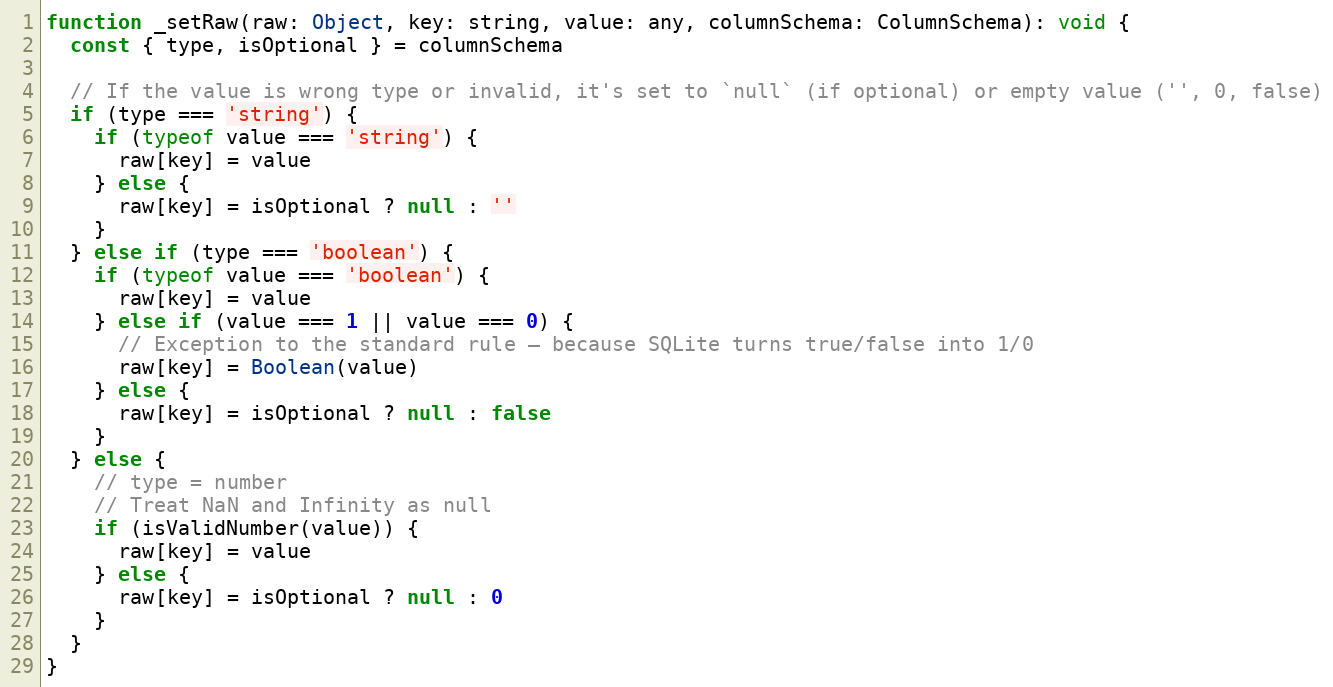
Language: JavaScript
function _setRaw(raw: Object, key: string, value: any, columnSchema: ColumnSchema): void {
  const { type, isOptional } = columnSchema

  // If the value is wrong type or invalid, it's set to `null` (if optional) or empty value ('', 0, false)
  if (type === 'string') {
    if (typeof value === 'string') {
      raw[key] = value
    } else {
      raw[key] = isOptional ? null : ''
    }
  } else if (type === 'boolean') {
    if (typeof value === 'boolean') {
      raw[key] = value
    } else if (value === 1 || value === 0) {
      // Exception to the standard rule — because SQLite turns true/false into 1/0
      raw[key] = Boolean(value)
    } else {
      raw[key] = isOptional ? null : false
    }
  } else {
    // type = number
    // Treat NaN and Infinity as null
    if (isValidNumber(value)) {
      raw[key] = value
    } else {
      raw[key] = isOptional ? null : 0
    }
  }
}